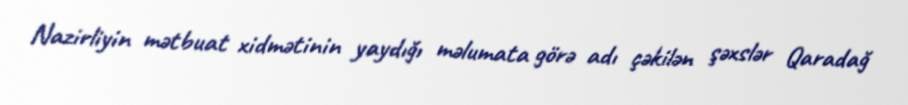
Nazirliyin mətbuat xidmətinin yaydığı məlumata görə adı çəkilən şəxslər Qaradağ